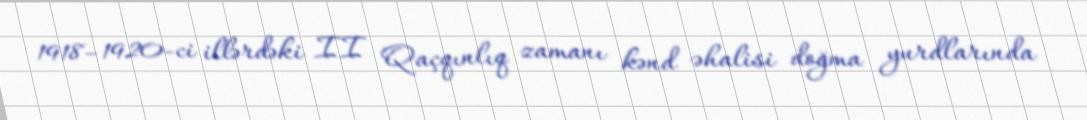
1918–1920-ci illərdəki II Qaçqınlıq zamanı kənd əhalisi doğma yurdlarında